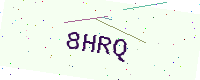
Text: 8HRQ